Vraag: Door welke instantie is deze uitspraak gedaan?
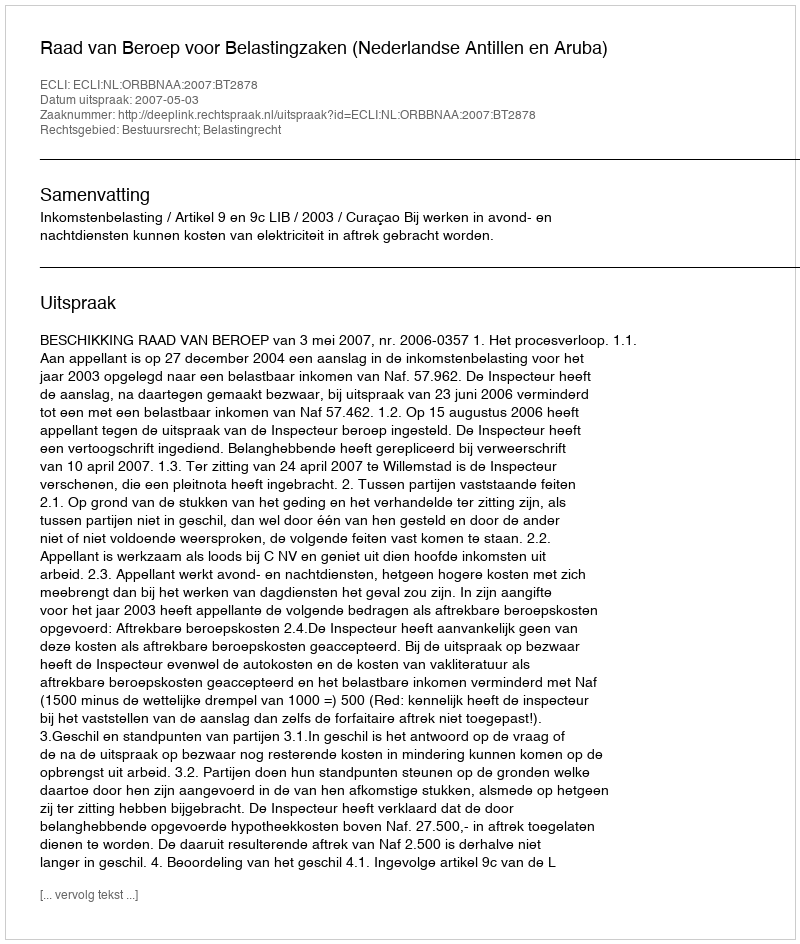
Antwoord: Raad van Beroep voor Belastingzaken (Nederlandse Antillen en Aruba)